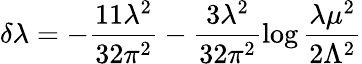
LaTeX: \delta\lambda=-\frac{11\lambda^{2}}{32\pi^{2}}-\frac{3\lambda^{2}}{32\pi^{2}}\log\frac{\lambda\mu^{2}}{2\Lambda^{2}}